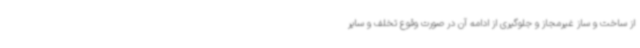
از ساخت و ساز غیرمجاز و جلوگیری از ادامه آن در صورت وقوع تخلف و سایر